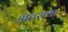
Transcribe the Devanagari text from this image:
अतस्त्वा